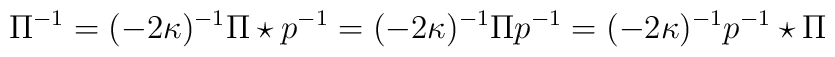
\Pi^{-1} = (-2\kappa)^{-1} \Pi\star p^{-1} = (-2\kappa)^{-1}\Pi p^{-1}= (-2\kappa)^{-1} p^{-1}\star \Pi